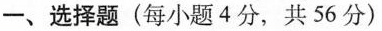
一、选择题(每小题4分，共56分)